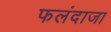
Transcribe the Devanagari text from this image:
फलंदाजा